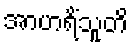
အာဟရိံသူတိ